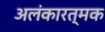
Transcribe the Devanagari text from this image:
अलंकारत्मक